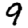
Digit: 9